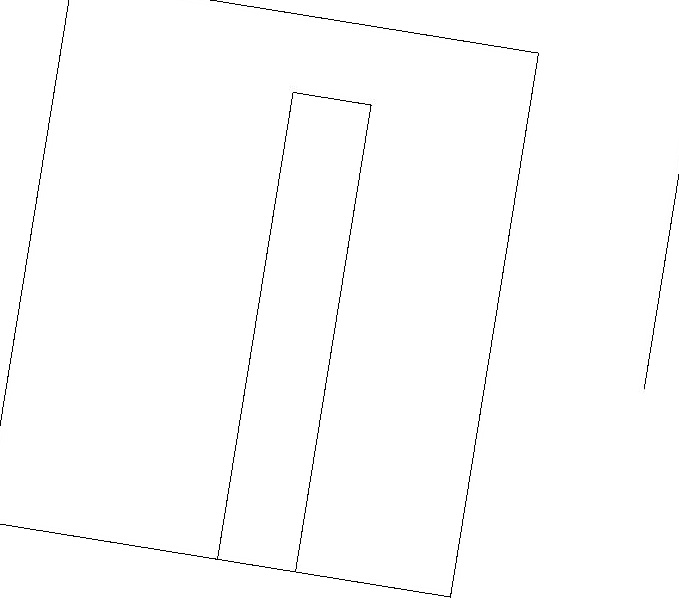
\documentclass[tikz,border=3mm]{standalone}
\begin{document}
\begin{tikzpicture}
\draw (6,19) rectangle (0,12);
\draw (8,19) rectangle (8,15);
\draw (3,12) rectangle (4,18);
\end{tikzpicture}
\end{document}